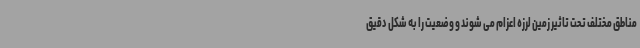
مناطق مختلف تحت تاثیر زمین لرزه اعزام می شوند و وضعیت را به شکل دقیق